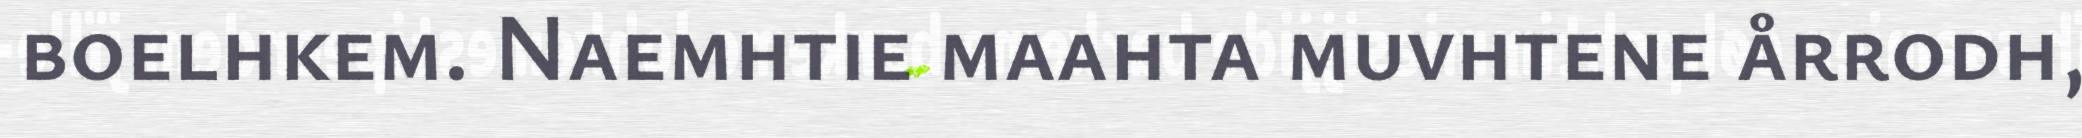
boelhkem. Naemhtie maahta muvhtene årrodh,